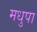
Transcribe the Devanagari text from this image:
मधुपा